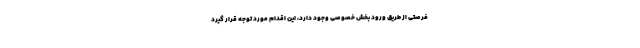
فرصتی از طریق ورود بخش خصوصی وجود دارد، این اقدام مورد توجه قرار گیرد